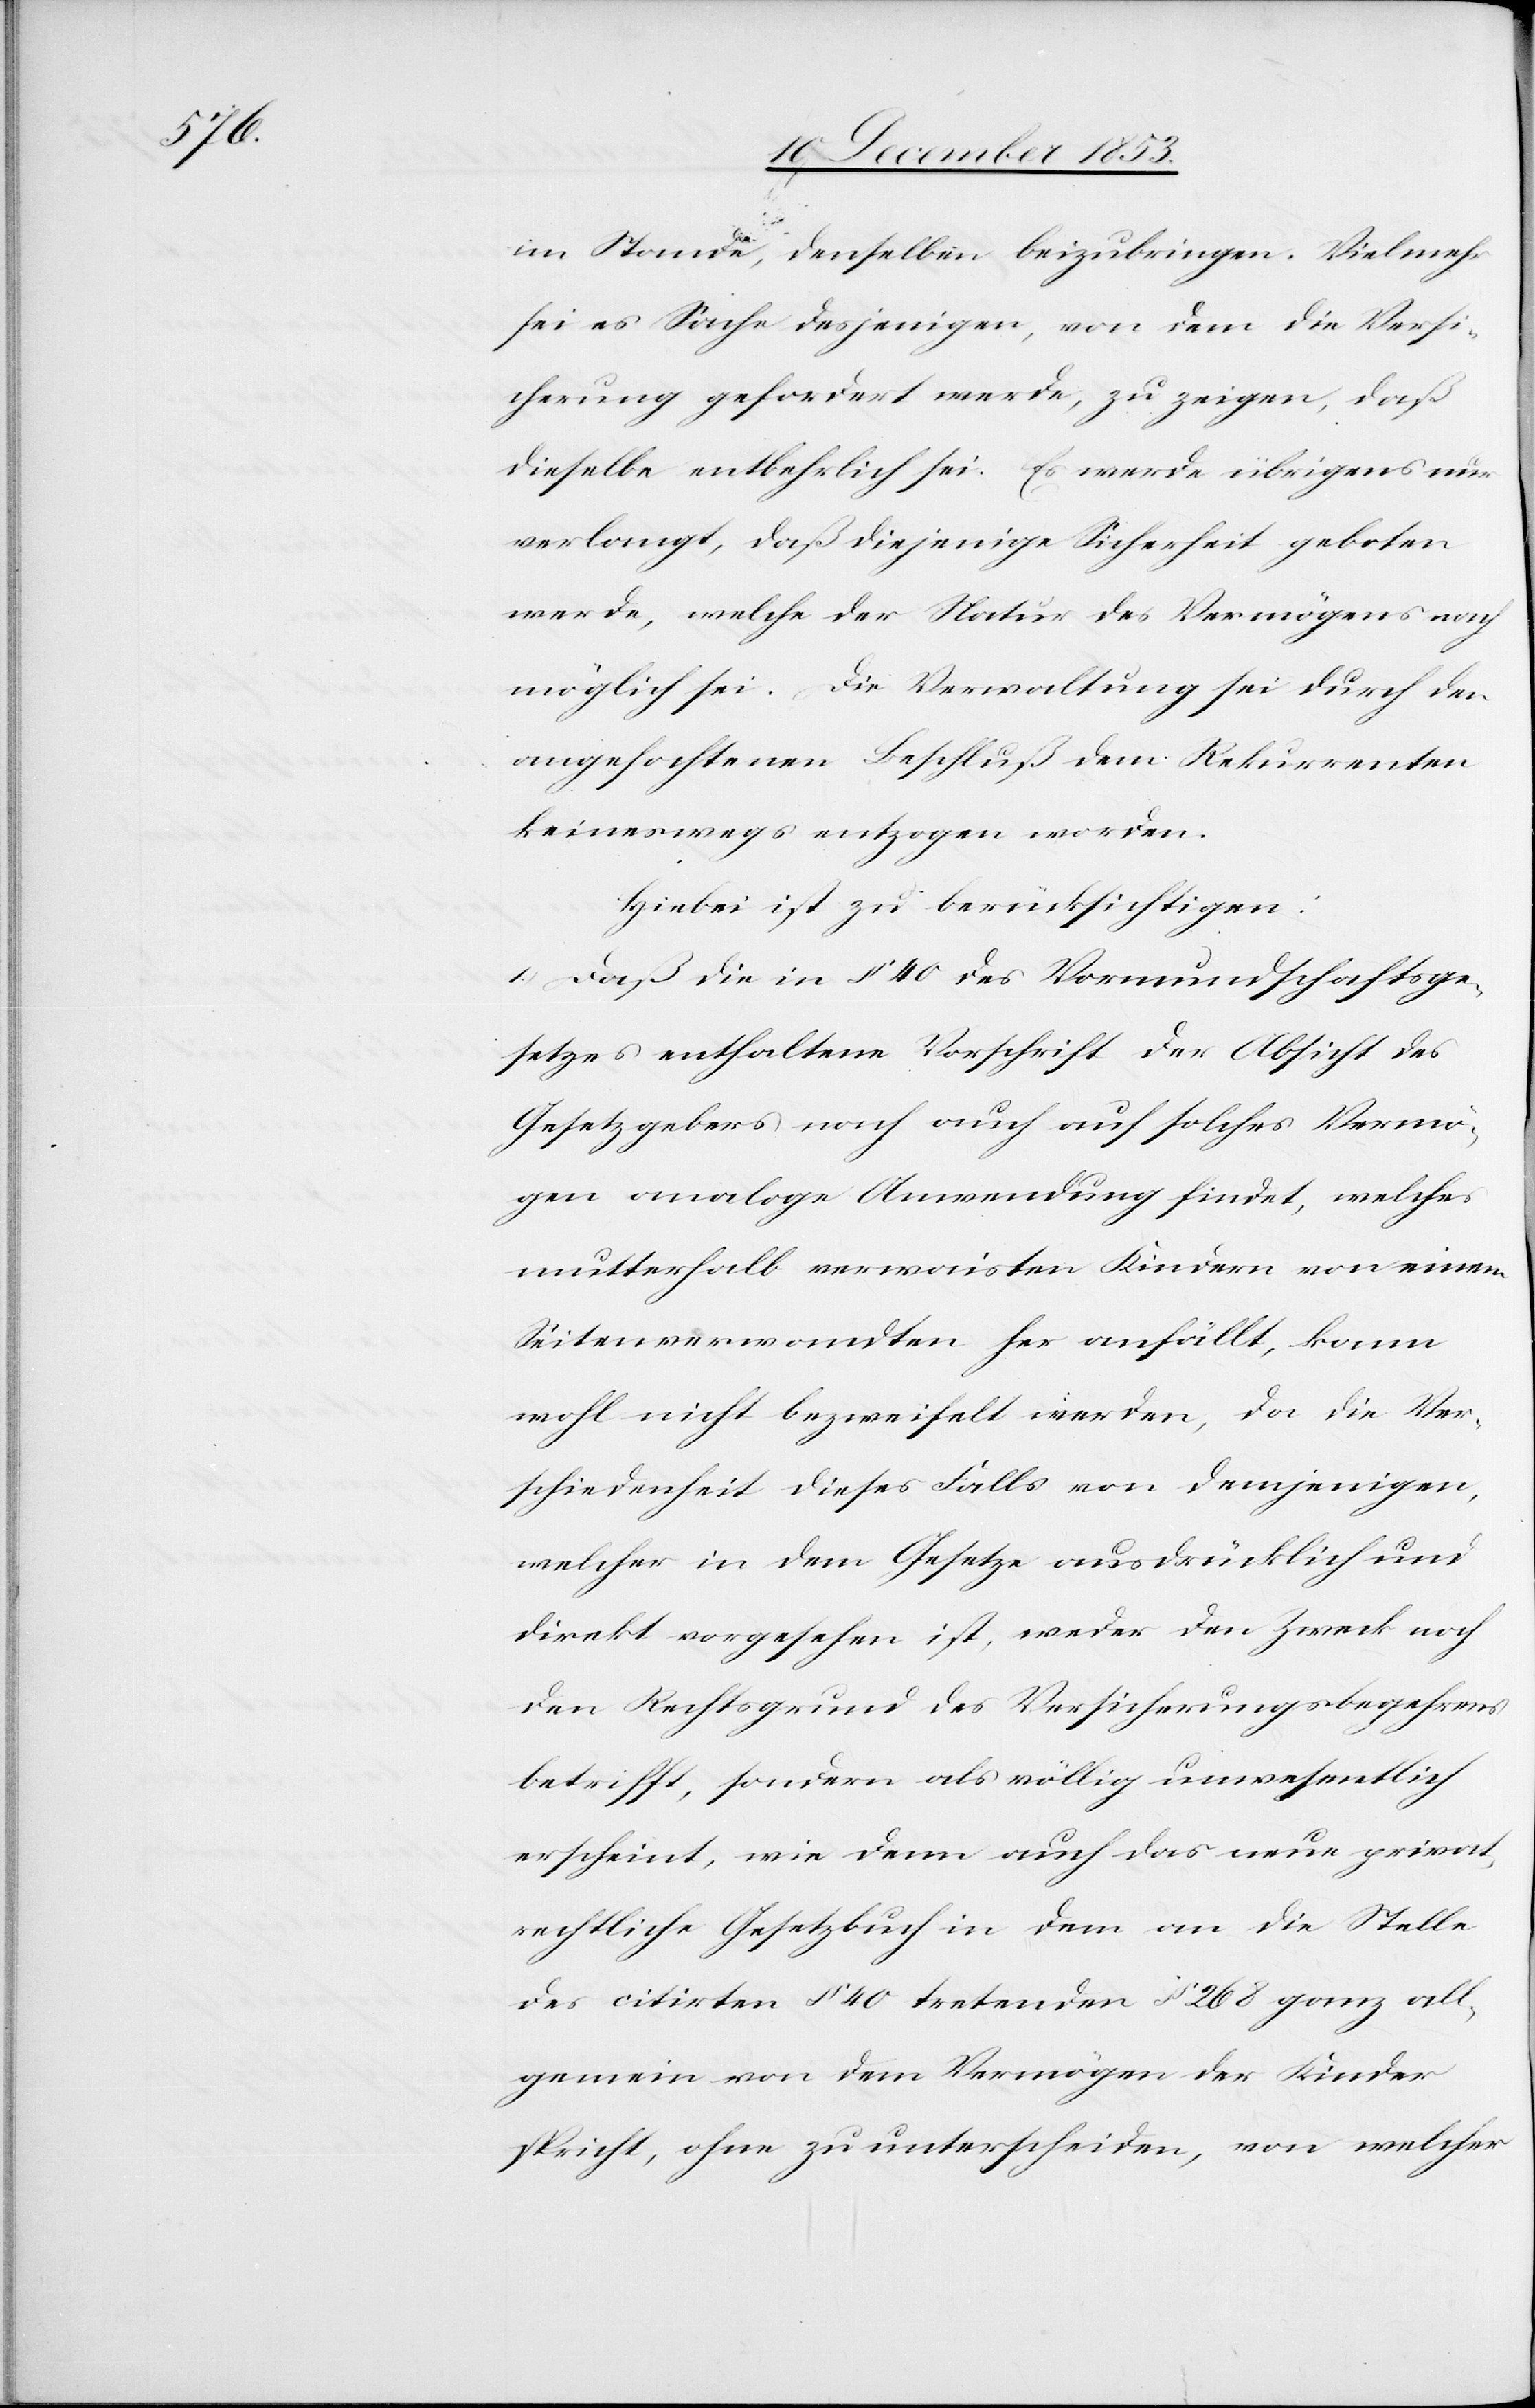
im Stande, denselben beizubringen. Vielmehr
sei es Sache desjenigen, von dem die Versi¬
cherung gefordert werde, zu zeigen, daß
dieselbe entbehrlich sei. Es werde übrigens nur
verlangt, daß diejenige Sicherheit geboten
werde, welche der Natur des Vermögens nach
möglich sei. Die Verwaltung sei durch den
angefochtenen Beschluß dem Rekurrenten
keineswegs entzogen worden.
Hiebei ist zu berücksichtigen:
1.) Daß die in § 40 des Vormundschaftsge¬
setzes enthaltene Vorschrift der Absicht des
Gesetzgebers nach auch auf solches Vermö¬
gen analoge Anwendung findet, welches
mutterhalb verwaisten Kindern von einem
Seitenverwandten her anfällt, kann
wohl nicht bezweifelt werden, da die Ver¬
schiedenheit dieses Falls von demjenigen,
welcher in dem Gesetze ausdrücklich und
direkt vorgesehen ist, weder den Zweck noch
den Rechtsgrund des Versicherungsbegehrens
betrifft, sondern es völlig unwesentlich
erscheint, wie denn auch das neue privat¬
rechtliche Gesetzbuch in dem an die Stelle
des citirten § 40 tretenden § 268 ganz all¬
gemein von dem Vermögen der Kinder
spricht, ohne zu unterscheiden, von welcher